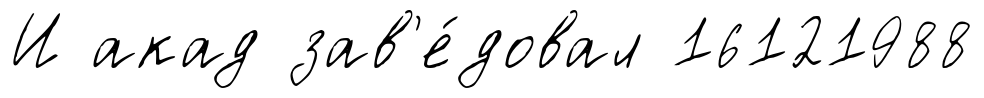
И акад зав'е́довал 16121988